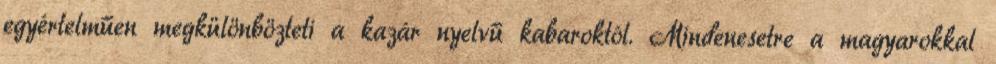
egyértelműen megkülönbözteti a kazár nyelvű kabaroktól. Mindenesetre a magyarokkal